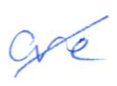
Text: are
Cross-out: diagonal
Writing tool: ballpoint